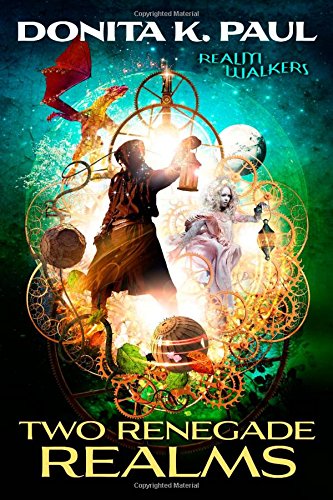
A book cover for Two Renegade Realms (Realm Walkers); Donita K. Paul; Teen & Young Adult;